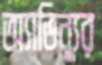
অ্যাভিন্যুর